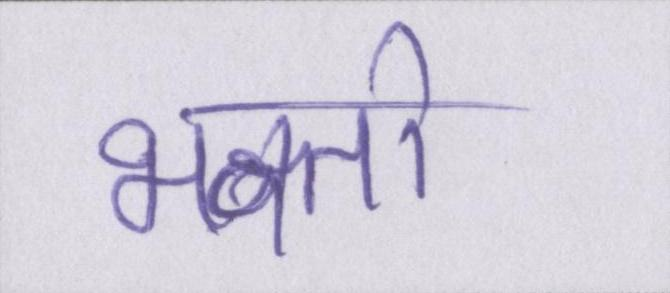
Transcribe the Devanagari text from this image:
भक्तों